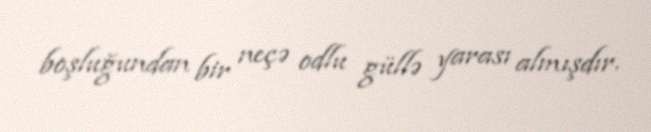
boşluğundan bir neçə odlu güllə yarası almışdır.